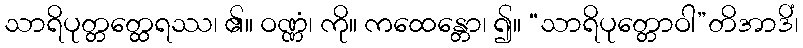
သာရိပုတ္တတ္ထေရဿ၊ ၏။ ဝဏ္ဏံ၊ ကို။ ကထေန္တော၊ ၍။ “သာရိပုတ္တောဝါ”တိအာဒိံ၊